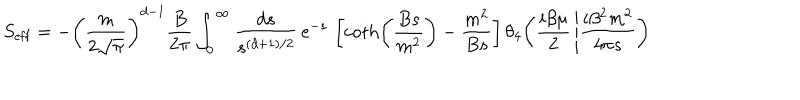
S _ { \mathrm { e f f } } = - \left( { \frac { m } { 2 \sqrt { \pi } } } \right) ^ { d - 1 } { \frac { B } { 2 \pi } } \int _ { 0 } ^ { \infty } { \frac { d s } { s ^ { ( d + 1 ) / 2 } } } \, e ^ { - s } \, \left[ \coth \left( { \frac { B s } { m ^ { 2 } } } \right) - { \frac { m ^ { 2 } } { B s } } \right] \theta _ { 4 } { \left( { \frac { i \beta \mu } { 2 } } \left| { \frac { i \beta ^ { 2 } m ^ { 2 } } { 4 \pi s } } \right. \right) }